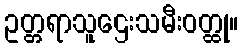
ဥတ္တရာသူဌေးသမီးဝတ္ထု။